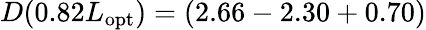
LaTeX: D(0.82L_{\mathrm{opt}})=(2.66-2.30+0.70)